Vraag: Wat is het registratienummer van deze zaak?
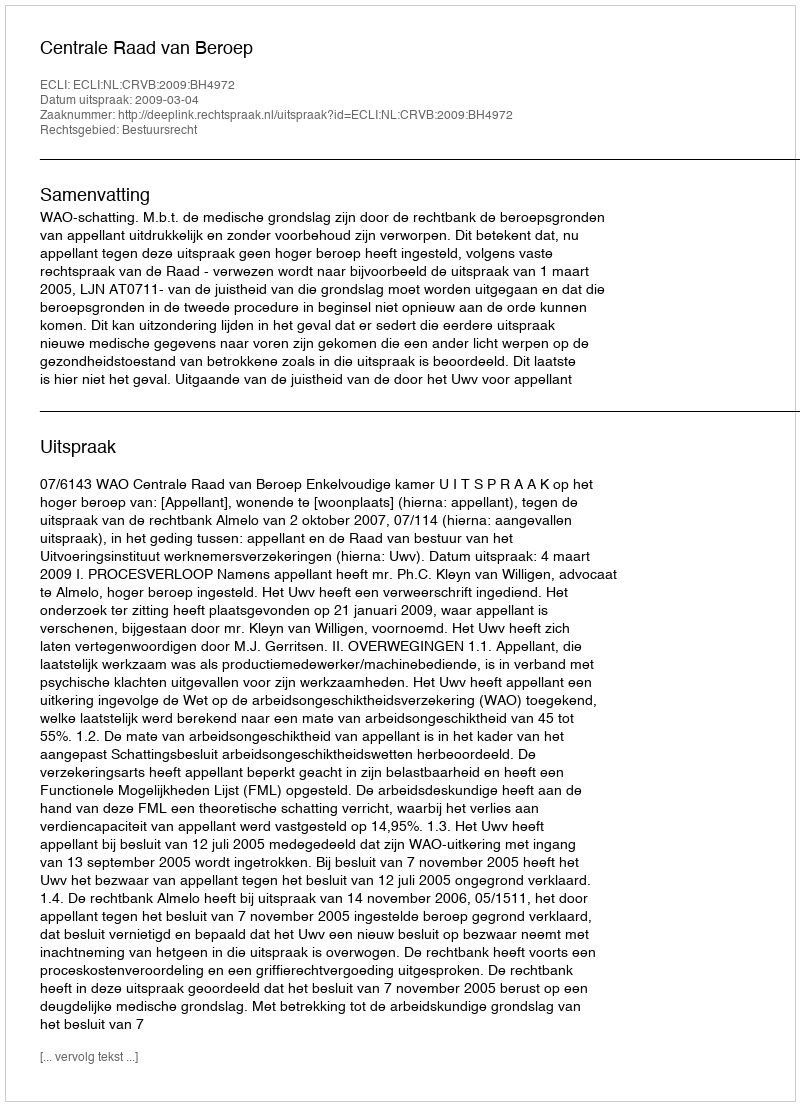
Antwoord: http://deeplink.rechtspraak.nl/uitspraak?id=ECLI:NL:CRVB:2009:BH4972